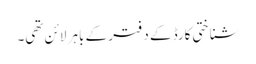
شناختی کارڈ کے دفتر کے باہر لائن تھی۔